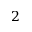
2